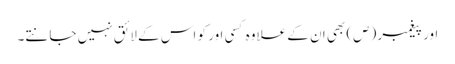
اور پیغمبر (ص) بھی ان کے علاوہ کسی اور کو اس کے لائق نہیں جانتے۔